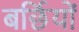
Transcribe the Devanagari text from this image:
बर्छियों